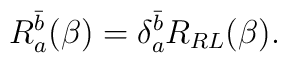
R_a^{\bar b} (\beta) = \delta_a^{\bar b} R_{RL} (\beta).